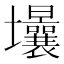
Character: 𡔒